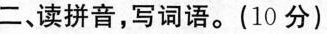
二、读拼音，写词语。(10分)